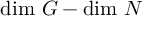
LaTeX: \mathrm { d i m } \ G - \mathrm { d i m } \ N